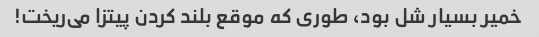
خمیر بسیار شل بود، طوری که موقع بلند کردن پیتزا می‌ریخت!